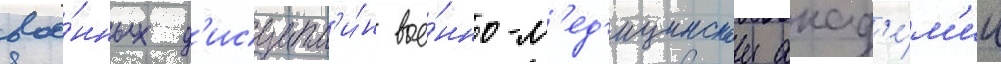
вое́нных д'исципл'и́н вое́нно-м'ед'ицинскои акад'е́м'ии